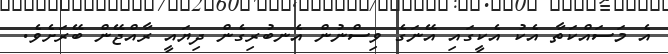
އެ މަސައްކަތާ އެކު އެކީގައި އޭނަގެ ވިސްނުން އެނބުރިގެން ދިޔައީ ރާއްޖޭން ބޭރަށެވެ.